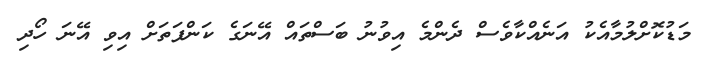
މަޑުކޮށްލުމާއެކު އަނެއްކާވެސް ދެންމެ އިވުނު ބަސްތައް އޭނަގެ ކަންފަތަށް އިވި އޭނަ ހޯދި